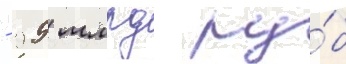
- 99 млрд ру́б